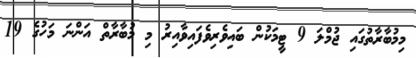
މިމުބާރާތުގައި ޖުމްލަ 9 ޓީމަކުން ބައިވެރިވެފައިވާއިރު މި މުބާރާތް އަންނަ މަހުގެ 19